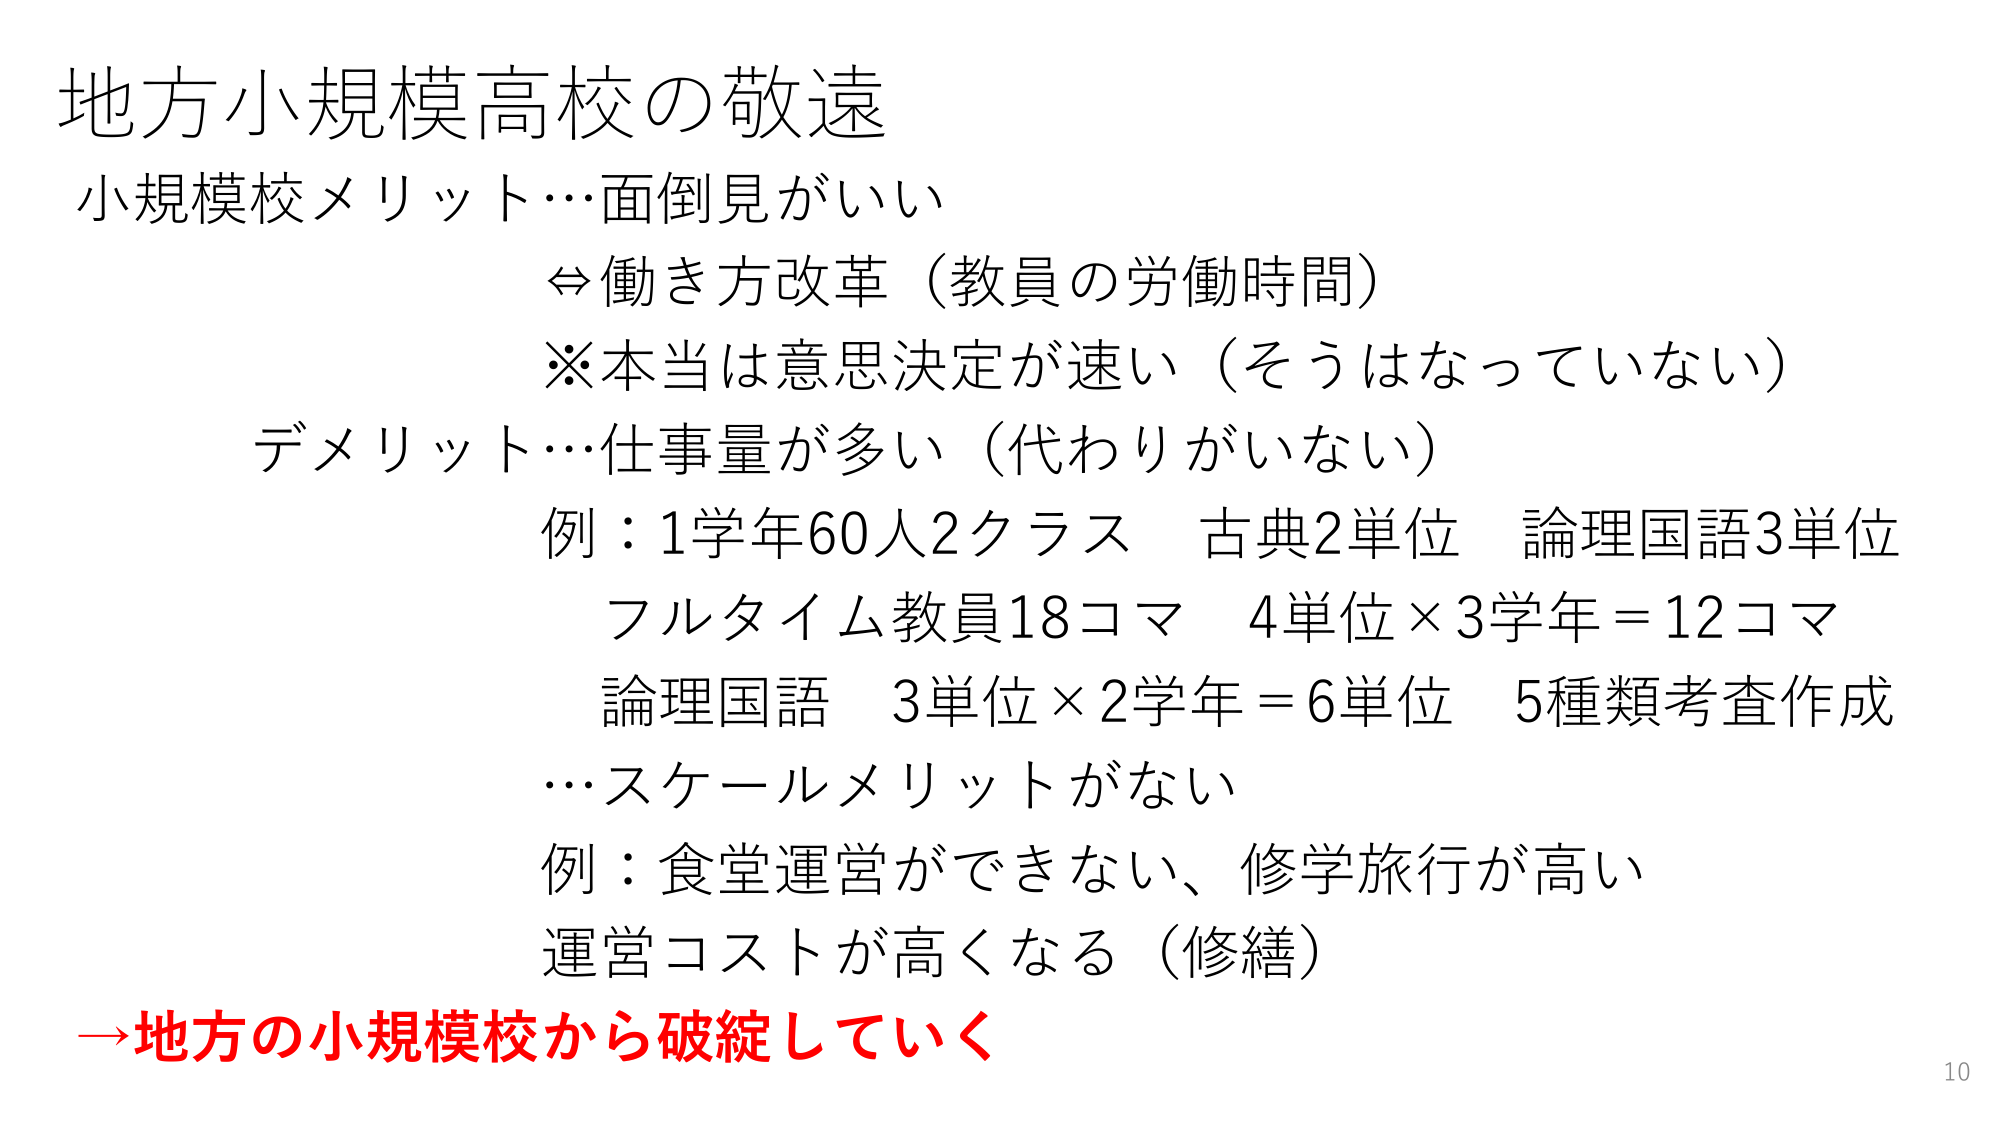
地方小規模高校の敬遠
小規模校メリット…面倒見がいい
⇔働き方改革（教員の労働時間）
※本当は意思決定が速い（そうはなっていない）
デメリット…仕事量が多い（代わりがいない）
例：1学年60人2クラス 古典2単位 論理国語3単位
フルタイム教員18コマ 4単位×3学年＝12コマ
論理国語 3単位×2学年＝6単位 5種類考查作成
…スケールメリットがない
例：食堂運営ができない、修学旅行が高い
運営コストが高くなる（修繕）
→地方の小規模校から破綻していく
10